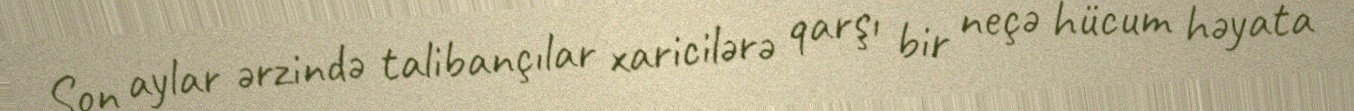
Son aylar ərzində talibançılar xaricilərə qarşı bir neçə hücum həyata